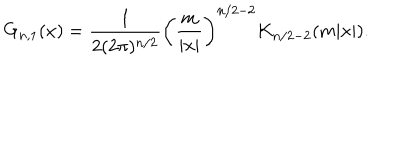
LaTeX: G _ { n , 1 } ( x ) = { \frac { 1 } { 2 ( 2 \pi ) ^ { n / 2 } } } \left( { \frac { m } { | x | } } \right) ^ { n / 2 - 2 } K _ { n / 2 - 2 } ( m | x | ) .